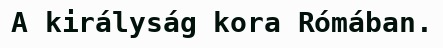
A királyság kora Rómában.